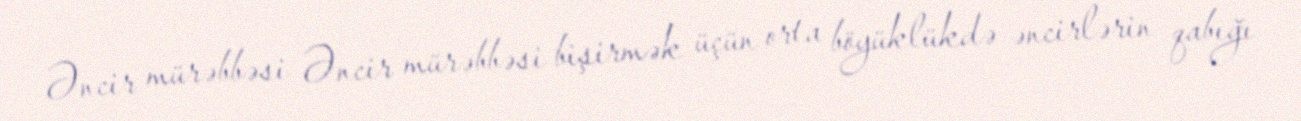
Əncir mürəbbəsi Əncir mürəbbəsi bişirmək üçün orta böyüklükdə əncirlərin qabığı